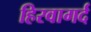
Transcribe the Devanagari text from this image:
हिरवागर्द